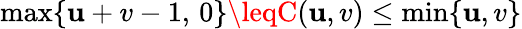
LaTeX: \operatorname*{max}\{ \mathbf{u}+v-1,\, 0\} \leqC(\mathbf{u},v)\leq\operatorname*{min}\{ \mathbf{u},v\}